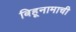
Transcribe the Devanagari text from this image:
बिहूनामाची